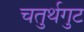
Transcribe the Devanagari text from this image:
चतुर्थगुट